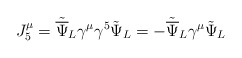
\begin{align*}J^\mu_5 = {\tilde{\overline\Psi}}_{L}\gamma^\mu\gamma^5\tilde\Psi_{L}= -{\tilde{\overline\Psi}}_{L}\gamma^\mu\tilde\Psi_{L}\end{align*}